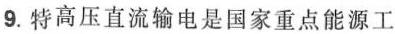
9.特高压直流输电是国家重点能源工